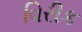
વિરીક